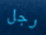
رجل